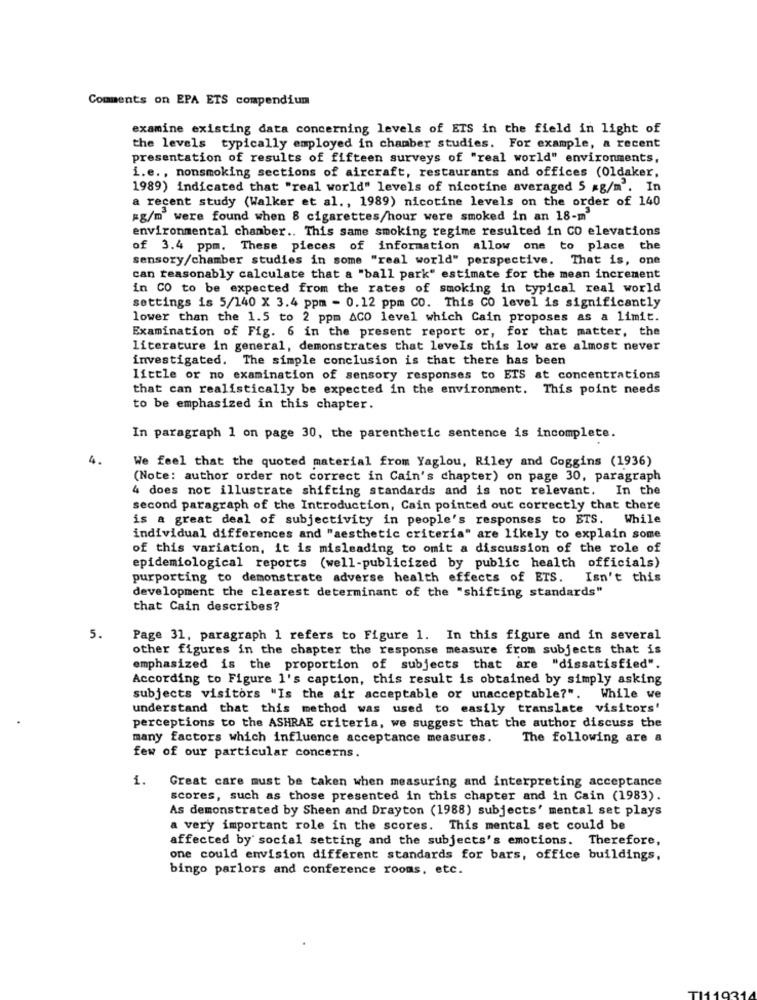
Comments on EPA ETS compendium
examine existing data concerning levels of ETS in the field in light of
the levels typically employed in chamber studies. For example, a recent
presentation of results of fifteen surveys of "real world" environments,
i.e ., nonsmoking sections of aircraft, restaurants and offices (Oldaker,
1989) indicated that "real world" levels of nicotine averaged 5 kg/m'. In
a recent study (Walker et al ., 1989) nicotine levels on the order of 140
#g/m were found when 8 cigarettes/hour were smoked in an 18-m
environmental chamber .. This same smoking regime resulted in CO elevations
of 3.4 ppm. These pieces of information allow one to place the
sensory/chamber studies in some "real world" perspective. That is, one
can reasonably calculate that a "ball park" estimate for the mean increment
in CO to be expected from the rates of smoking in typical real world
settings is 5/140 X 3.4 ppm - 0.12 ppm CO. This CO level is significantly
lower than the 1.5 to 2 ppm ACO level which Cain proposes as a limit.
Examination of Fig. 6 in the present report or, for that matter, the
literature in general, demonstrates that levels this low are almost never
investigated. The simple conclusion is that there has been
little or no examination of sensory responses to ETS at concentrations
that can realistically be expected in the environment. This point needs
to be emphasized in this chapter.
In paragraph 1 on page 30, the parenthetic sentence is incomplete.
4.
We feel that the quoted material from Yaglou, Riley and Coggins (1936)
(Note: author order not correct in Cain's chapter) on page 30, paragraph
4 does not illustrate shifting standards and is not relevant. In the
second paragraph of the Introduction, Cain pointed out correctly that there
is a great deal of subjectivity in people's responses to ETS. While
individual differences and "aesthetic criteria" are likely to explain some
of this variation, it is misleading to omit a discussion of the role of
epidemiological reports (well-publicized by public health officials)
purporting to demonstrate adverse health effects of ETS.
Isn't this
development the clearest determinant of the "shifting standards"
that Cain describes?
5.
Page 31, paragraph 1 refers to Figure 1. In this figure and in several
other figures in the chapter the response measure from subjects that is
emphasized is the proportion of subjects that are "dissatisfied".
According to Figure 1's caption, this result is obtained by simply asking
subjects visitors "Is the air acceptable or unacceptable?". While we
understand that this method was used to easily translate visitors'
perceptions to the ASHRAE criteria, we suggest that the author discuss the
many factors which influence acceptance measures.
The following are a
few of our particular concerns.
1.
Great care must be taken when measuring and interpreting acceptance
scores, such as those presented in this chapter and in Cain (1983).
As demonstrated by Sheen and Drayton (1988) subjects' mental set plays
a very important role in the scores. This mental set could be
affected by social setting and the subjects's emotions. Therefore,
one could envision different standards for bars, office buildings,
bingo parlors and conference rooms, etc.